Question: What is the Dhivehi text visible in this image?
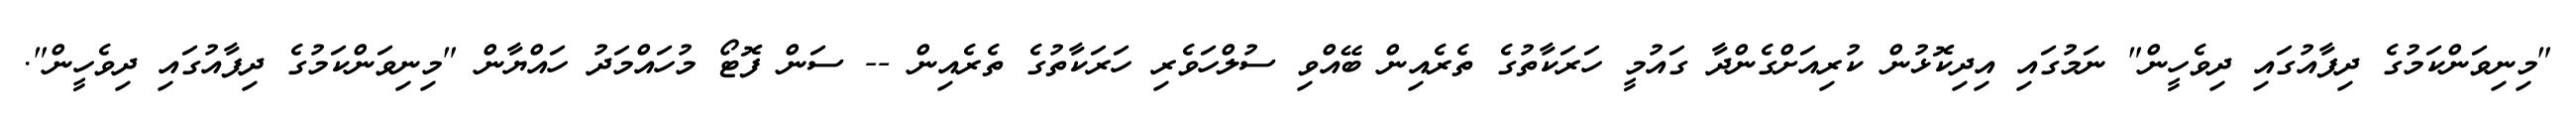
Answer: "މިނިވަންކަމުގެ ދިފާއުގައި ދިވެހީން" ނަމުގައި އިދިކޮޅުން ކުރިއަށްގެންދާ ގައުމީ ހަރަކާތުގެ ތެރެއިން ބޭއްވި ސުލްހަވެރި ހަރަކާތުގެ ތެރެއިން -- ސަން ފޮޓޯ މުހައްމަދު ހައްޔާން "މިނިވަންކަމުގެ ދިފާއުގައި ދިވެހީން".